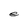
Character: e